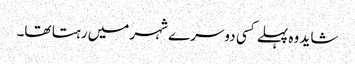
شاید وہ پہلے کسی دوسرے شہر میں رہتا تھا۔